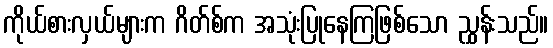
ကိုယ်စားလှယ်များက ဂိတ်စ်က အသုံးပြုနေကြဖြစ်သော ညွှန်းသည်။